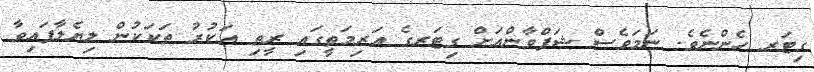
ގިޓަރ ހެންނެވެ. ނަމަވެސް ޝަފްވާންއަށް ގިޓަރގެ އަރިމަތީގައި ރީތި އަކުރު ތަކަކުން ލިޔެލާފައިވާ